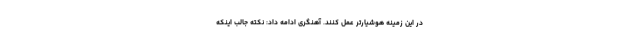
در این زمینه هوشیارتر عمل کنند. آهنگری ادامه داد: نکته جالب اینکه